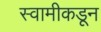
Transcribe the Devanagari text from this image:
स्वामीकडून